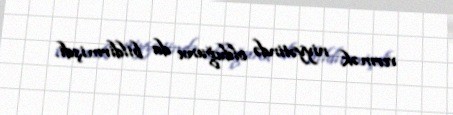
vermək niyyətində olduğunu da bildirmişdi.